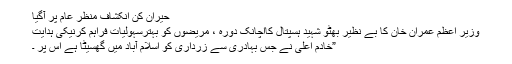
حیران کن انکشاف منظر عام پر آگیا
وزیر اعظم عمران خان کا بے نظیر بھٹو شہید ہسپتال کااچانک دورہ ، مریضوں کو بہترسہولیات فراہم کرنیکی ہدایت
”خادم اعلیٰ نے جس بہادری سے زرداری کو اسلام آباد میں گھسیٹا ہے اس پر ۔